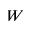
W